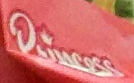
Princess